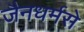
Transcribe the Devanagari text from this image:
जैनधर्मसे